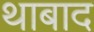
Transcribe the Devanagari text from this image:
थाबाद